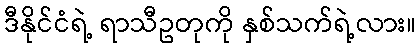
ဒီနိုင်ငံရဲ့ ရာသီဥတုကို နှစ်သက်ရဲ့လား။